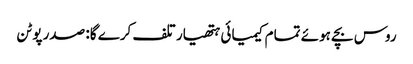
روس بچے ہوئے تمام کیمیائی ہتھیار تلف کرے گا: صدر پوٹن